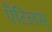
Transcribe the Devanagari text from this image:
ऍंटिलस्‌